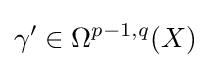
\gamma '\in \Omega ^{p-1,q}(X)